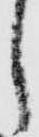
し